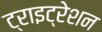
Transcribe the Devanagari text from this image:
ट्राइट्रेशन